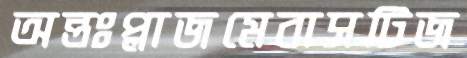
অন্তঃপ্লাজমেবাসটিজ